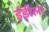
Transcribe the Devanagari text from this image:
ईडीला